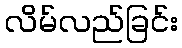
လိမ်လည်ခြင်း